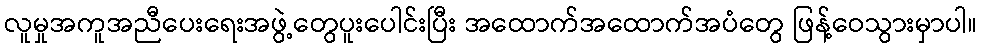
လူမှုအကူအညီပေးရေးအဖွဲ့တွေပူးပေါင်းပြီး အထောက်အထောက်အပံတွေ ဖြန့်ဝေသွားမှာပါ။